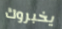
يخبروك